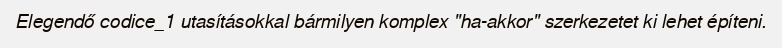
Elegendő codice_1 utasításokkal bármilyen komplex "ha-akkor" szerkezetet ki lehet építeni.